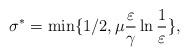
LaTeX: \begin{align*}\sigma^*=\min\{1/2,\mu \frac{\varepsilon}{\gamma}\ln \frac{1}{\varepsilon}\},\end{align*}